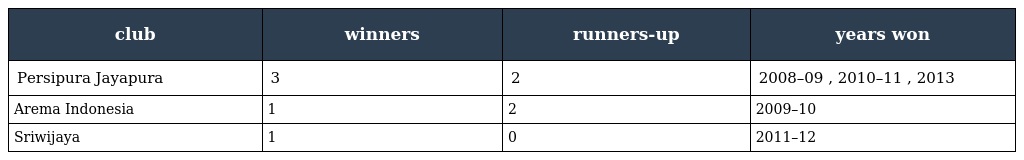
| club | winners | runners-up | years won |
 | --- | --- | --- | --- |
 | Persipura Jayapura | 3 | 2 | 2008–09 , 2010–11 , 2013 |
 | Arema Indonesia | 1 | 2 | 2009–10 |
 | Sriwijaya | 1 | 0 | 2011–12 |